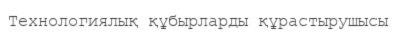
Технологиялық құбырларды құрастырушысы